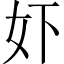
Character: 𫰈